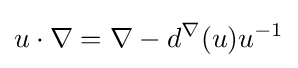
u\cdot \nabla =\nabla -d^{\nabla }(u)u^{-1}